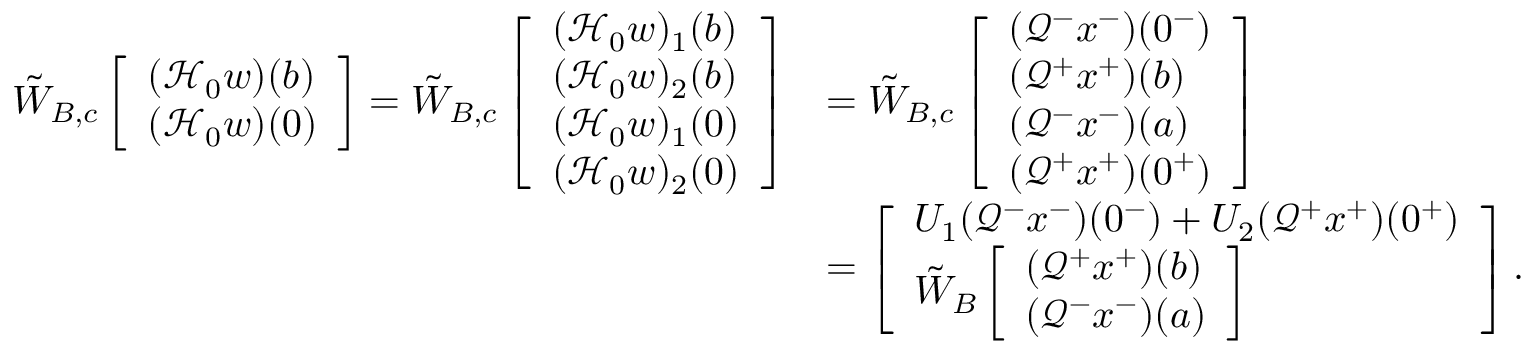
\begin{array} { r l } { \tilde { W } _ { B , c } \left[ \begin{array} { l } { ( \mathcal { H } _ { 0 } w ) ( b ) } \\ { ( \mathcal { H } _ { 0 } w ) ( 0 ) } \end{array} \right] = \tilde { W } _ { B , c } \left[ \begin{array} { l } { ( \mathcal { H } _ { 0 } w ) _ { 1 } ( b ) } \\ { ( \mathcal { H } _ { 0 } w ) _ { 2 } ( b ) } \\ { ( \mathcal { H } _ { 0 } w ) _ { 1 } ( 0 ) } \\ { ( \mathcal { H } _ { 0 } w ) _ { 2 } ( 0 ) } \end{array} \right] } & { = \tilde { W } _ { B , c } \left[ \begin{array} { l } { ( \mathcal { Q } ^ { - } x ^ { - } ) ( 0 ^ { - } ) } \\ { ( \mathcal { Q } ^ { + } x ^ { + } ) ( b ) } \\ { ( \mathcal { Q } ^ { - } x ^ { - } ) ( a ) } \\ { ( \mathcal { Q } ^ { + } x ^ { + } ) ( 0 ^ { + } ) } \end{array} \right] } \\ & { = \left[ \begin{array} { l } { U _ { 1 } ( \mathcal { Q } ^ { - } x ^ { - } ) ( 0 ^ { - } ) + U _ { 2 } ( \mathcal { Q } ^ { + } x ^ { + } ) ( 0 ^ { + } ) } \\ { \tilde { W } _ { B } \left[ \begin{array} { l } { ( \mathcal { Q } ^ { + } x ^ { + } ) ( b ) } \\ { ( \mathcal { Q } ^ { - } x ^ { - } ) ( a ) } \end{array} \right] } \end{array} \right] . } \end{array}